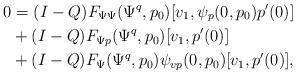
LaTeX: \begin{align*}0 &= (I-Q) F_{\Psi\Psi}(\Psi^q,p_0)[v_1, \psi_p(0,p_0)p'(0)]\\&+ (I-Q) F_{\Psi p}(\Psi^q,p_0)[v_1, p'(0)]\\&+ (I-Q) F_\Psi(\Psi^q,p_0)\psi_{vp}(0,p_0)[v_1,p'(0)],\end{align*}